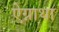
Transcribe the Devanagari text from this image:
ऐग्नाथा